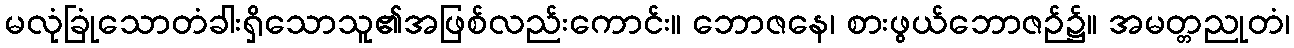
မလုံခြုံသောတံခါးရှိသောသူ၏အဖြစ်လည်းကောင်း။ ဘောဇနေ၊ စားဖွယ်ဘောဇဉ်၌။ အမတ္တညုတံ၊